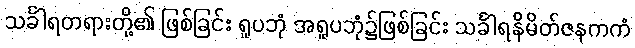
သင်္ခါရတရားတို့၏ ဖြစ်ခြင်း ရူပဘုံ အရူပဘုံ၌ဖြစ်ခြင်း သင်္ခါရနိမိတ်ဇနကကံ